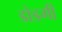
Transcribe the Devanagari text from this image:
डोडगी